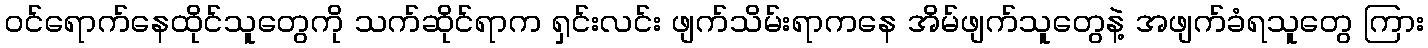
ဝင်ရောက်နေထိုင်သူတွေကို သက်ဆိုင်ရာက ရှင်းလင်း ဖျက်သိမ်းရာကနေ အိမ်ဖျက်သူတွေနဲ့ အဖျက်ခံရသူတွေ ကြား